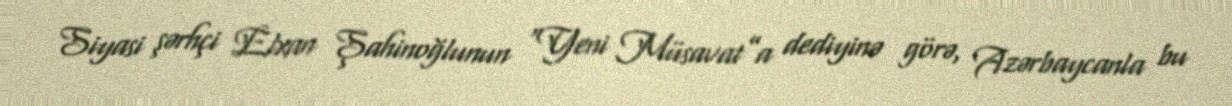
Siyasi şərhçi Elxan Şahinoğlunun “Yeni Müsavat”a dediyinə görə, Azərbaycanla bu